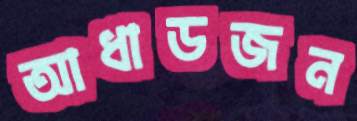
আধাডজন